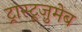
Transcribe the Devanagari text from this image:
ट्रास्टूज़ुमेब